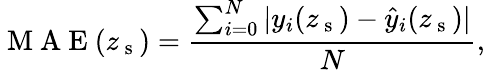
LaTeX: \mathrm{~M~A~E~}(z_{\mathrm{~s~}})=\frac{\sum_{i=0}^{N}|y_{i}(z_{\mathrm{~s~}})-\hat{y}_{i}(z_{\mathrm{~s~}})|}{N},